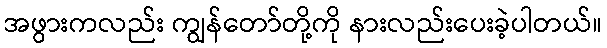
အဖွားကလည်း ကျွန်တော်တို့ကို နားလည်းပေးခဲ့ပါတယ်။